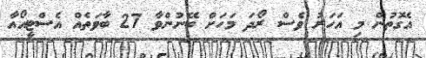
އެގޮތުން މި އަހަރު ވެސް ރޯދަ މަހަށް ބޭނުންވާ 27 ބާވަތެއް އެސްޓީއޯއާ